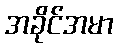
အခိုင်အမာ